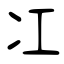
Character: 冮